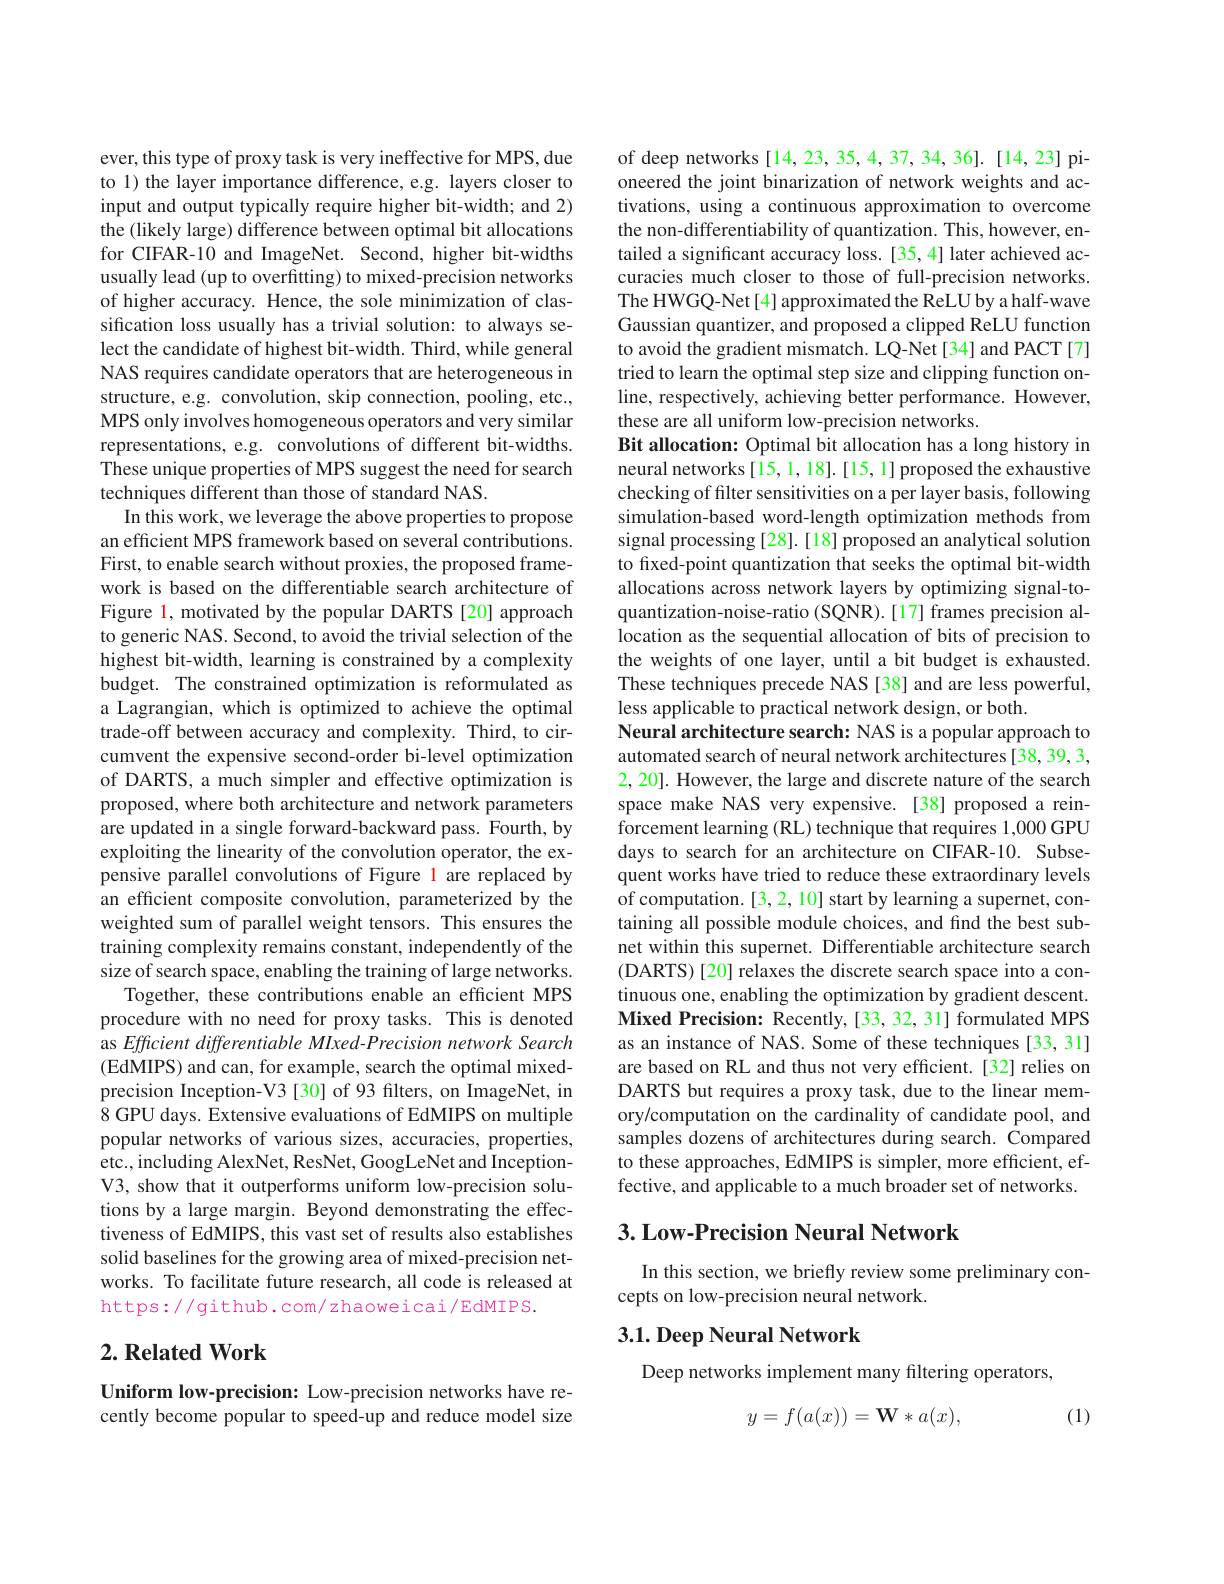
ever, this type of proxy task is very ineffective for MPS, due to 1) the layer importance difference, e.g. layers closer to input and output typically require higher bit-width; and 2) the (likely large) difference between optimal bit allocations for CIFAR-10 and ImageNet. Second, higher bit-widths usually lead (up to overfitting) to mixed-precision networks of higher accuracy. Hence, the sole minimization of classification loss usually has a trivial solution: to always select the candidate of highest bit-width. Third, while general NAS requires candidate operators that are heterogeneous in structure, e.g. convolution, skip connection, pooling, etc., MPS only involves homogeneous operators and very similar representations, e.g. convolutions of different bit-widths. These unique properties of MPS suggest the need for search techniques different than those of standard NAS.
In this work, we leverage the above properties to propose an efficient MPS framework based on several contributions. First, to enable search without proxies, the proposed framework is based on the differentiable search architecture of Figure 1, motivated by the popular DARTS[20] approach to generic NAS. Second, to avoid the trivial selection of the highest bit-width, learning is constrained by a complexity budget. The constrained optimization is reformulated as a Lagrangian, which is optimized to achieve the optimal trade-off between accuracy and complexity. Third, to circumvent the expensive second-order bi-level optimization of DARTS, a much simpler and effective optimization is proposed, where both architecture and network parameters are updated in a single forward-backward pass. Fourth, by exploiting the linearity of the convolution operator, the expensive parallel convolutions of Figure l are replaced by an efficient composite convolution, parameterized by the weighted sum of parallel weight tensors. This ensures the training complexity remains constant, independently of the size of search space, enabling the training of large networks.
Together, these contributions enable an efficient MPS procedure with no need for proxy tasks. This is denoted as Efficient differentiable MIxed-Precision network Search (EdMIPS) and can, for example, search the optimal mixedprecision Inception-V3 [30] of 93 filters, on ImageNet, in 8 GPU days. Extensive evaluations of EdMIPS on multiple popular networks of various sizes, accuracies, properties, etc., including AlexNet, ResNet, GoogLeNet and InceptionV3, show that it outperforms uniform low-precision solutions by a large margin. Beyond demonstrating the effectiveness of EdMIPS, this vast set of results also establishes solid baselines for the growing area of mixed-precision networks. To facilitate future research, all code is released at https://github.com/zhaoweicai/EdMIPS.

## $2. \textbf{Related Work}$

Uniform low-precision: Low-precision networks have recently become popular to speed-up and reduce model size

of deep networks [14,23,35,4,37,34,36]. [14,23] pioneered the joint binarization of network weights and activations, using a continuous approximation to overcome the non-differentiability of quantization. This, however, entailed a significant accuracy loss. [35,4] later achieved accuracies much closer to those of full-precision networks. The HWGQ-Net[4] approximated the ReLU by a half-wave Gaussian quantizer, and proposed a clipped ReLU function to avoid the gradient mismatch. LQ-Net[34] and PACT[7] tried to learn the optimal step size and clipping function online, respectively, achieving better performance. However, these are all uniform low-precision networks.
Bit allocation: Optimal bit allocation has a long history in neural networks [15, 1, 18]. [15, 1] proposed the exhaustive checking of filter sensitivities on a per layer basis, following simulation-based word-length optimization methods from signal processing [28]. [18] proposed an analytical solution to fixed-point quantization that seeks the optimal bit-width allocations across network layers by optimizing signal-toquantization-noise-ratio (SQNR).[17] frames precision allocation as the sequential allocation of bits of precision to the weights of one layer, until a bit budget is exhausted. These techniques precede NAS [38] and are less powerful, less applicable to practical network design, or both.
Neural architecture search: NAS is a popular approach to automated search of neural network architectures [38, 39, 3, 2,20]. However, the large and discrete nature of the search space make NAS very expensive. [38] proposed a reinforcement learning (RL) technique that requires 1,000 GPU days to search for an architecture on CIFAR-10. Subsequent works have tried to reduce these extraordinary levels of computation.[3,2,10] start by learning a supernet, containing all possible module choices, and find the best subnet within this supernet. Differentiable architecture search (DARTS) [20] relaxes the discrete search space into a continuous one, enabling the optimization by gradient descent. Mixed Precision: Recently,[33,32,31] formulated MPS as an instance of NAS. Some of these techniques [33, 31] are based on RL and thus not very efficient. [32] relies on DARTS but requires a proxy task, due to the linear memory/computation on the cardinality of candidate pool, and samples dozens of architectures during search. Compared to these approaches, EdMIPS is simpler, more efficient, effective, and applicable to a much broader set of networks.

## 3. Low-Precision Neural Network

In this section, we briefly review some preliminary con-
cepts on low-precision neural network.

## $3. 1. \textbf{Deep Neural Network}$

Deep networks implement many filtering operators,
$$y=f(a(x))=\mathbf{W}*a(x),$$
(1)